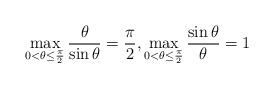
LaTeX: \begin{align*} \max_{0< \theta \leq \frac \pi 2}\frac{\theta}{\sin \theta}=\frac \pi 2, \max_{0< \theta \leq \frac \pi 2}\frac{\sin \theta}{\theta}=1\end{align*}